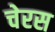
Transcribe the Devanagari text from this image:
चेरस